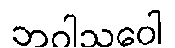
ဘဝါသဝေါ